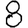
Digit: 8